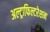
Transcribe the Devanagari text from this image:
अल्ट्राफिल्टरेशन